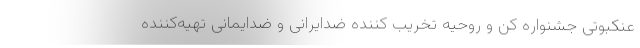
عنکبوتی جشنواره کن و روحیه تخریب کننده ضدایرانی و ضدایمانی تهیه‌کننده